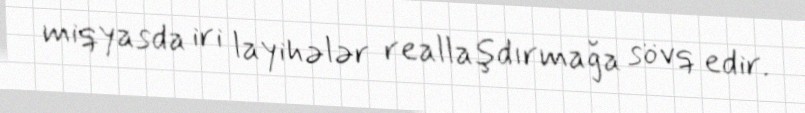
miqyasda iri layihələr reallaşdırmağa sövq edir.